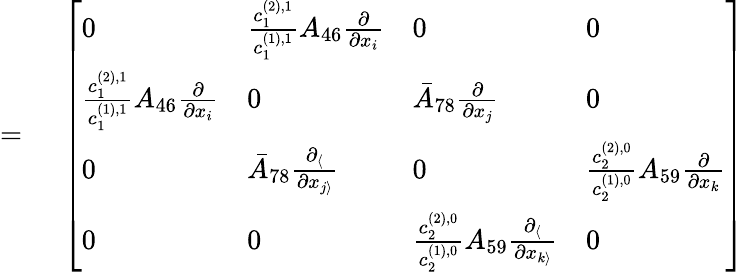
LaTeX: \begin{array}{rl}{={}}&{{}\left[\begin{array}{llll}{0}&{\frac{c_{1}^{(2),1}}{c_{1}^{(1),1}}A_{46}\frac{\partial}{\partial x_{i}}}&{0}&{0}\\ {\frac{c_{1}^{(2),1}}{c_{1}^{(1),1}}A_{46}\frac{\partial}{\partial x_{i}}}&{0}&{\bar{A}_{78}\frac{\partial}{\partial x_{j}}}&{0}\\ {0}&{\bar{A}_{78}\frac{\partial_{\langle}}{\partial x_{j\rangle}}}&{0}&{\frac{c_{2}^{(2),0}}{c_{2}^{(1),0}}A_{59}\frac{\partial}{\partial x_{k}}}\\ {0}&{0}&{\frac{c_{2}^{(2),0}}{c_{2}^{(1),0}}A_{59}\frac{\partial_{\langle}}{\partial x_{k\rangle}}}&{0}\end{array}\right]}\end{array}